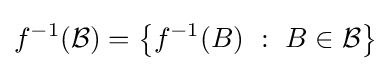
f^{-1}({\mathcal {B}})=\left\{f^{-1}(B)~:~B\in {\mathcal {B}}\right\}